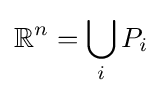
\mathbb {R} ^{n}=\bigcup _{i}P_{i}